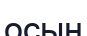
осын